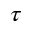
\tau